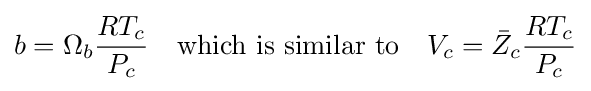
b=\Omega _{b}{\frac {RT_{c}}{P_{c}}}\quad {\text{which is similar to}}\quad V_{c}={\bar {Z}}_{c}{\frac {RT_{c}}{P_{c}}}